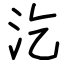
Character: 汔